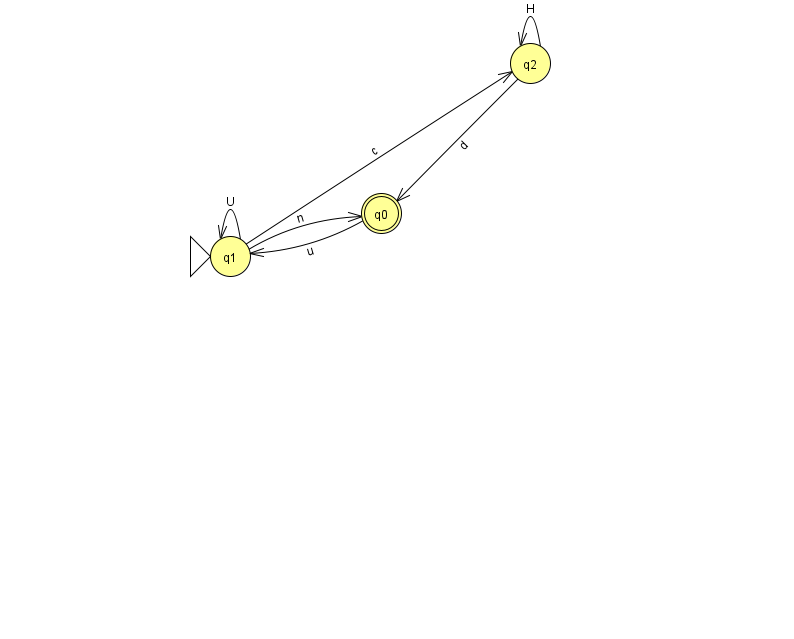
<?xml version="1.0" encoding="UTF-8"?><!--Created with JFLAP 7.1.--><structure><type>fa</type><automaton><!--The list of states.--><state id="0" name="q0"><x>381.0</x><y>200.0</y><final/></state><state id="1" name="q1"><x>230.0</x><y>243.0</y><initial/></state><state id="2" name="q2"><x>530.0</x><y>50.0</y></state><!--The list of transitions.--><transition><from>0</from><to>1</to><read>u</read></transition><transition><from>1</from><to>1</to><read>U</read></transition><transition><from>2</from><to>2</to><read>H</read></transition><transition><from>1</from><to>2</to><read>c</read></transition><transition><from>2</from><to>0</to><read>d</read></transition><transition><from>1</from><to>0</to><read>n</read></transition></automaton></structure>